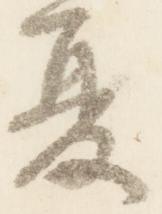
夏